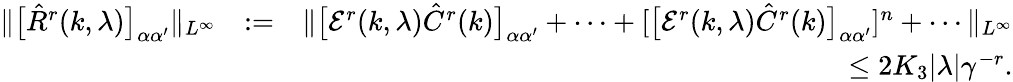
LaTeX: \begin{array}{rlr}{\Vert\big[\hat{R}^{r}(k,\lambda)\big]_{\alpha\alpha^{\prime}}\Vert_{L^{\infty}}}&{:=}&{\Vert\big[{\cal E}^{r}(k,\lambda)\hat{C}^{r}(k)\big]_{\alpha\alpha^{\prime}}+\cdots+[\big[{\cal E}^{r}(k,\lambda)\hat{C}^{r}(k)\big]_{\alpha\alpha^{\prime}}]^{n}+\cdots\Vert_{L^{\infty}}}\\ &{}&{\le 2K_{3}|\lambda|\gamma^{-r}.}\end{array}